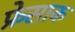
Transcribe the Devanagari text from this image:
फ्रेसाक